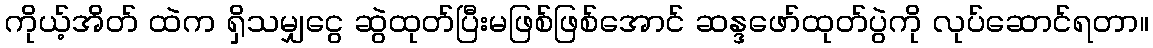
ကိုယ့်အိတ် ထဲက ရှိသမျှငွေ ဆွဲထုတ်ပြီးမဖြစ်ဖြစ်အောင် ဆန္ဒဖော်ထုတ်ပွဲကို လုပ်ဆောင်ရတာ။